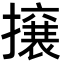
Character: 𭢯